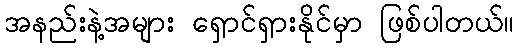
အနည်းနဲ့အများ ရှောင်ရှားနိုင်မှာ ဖြစ်ပါတယ်။